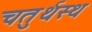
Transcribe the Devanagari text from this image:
चतुर्थस्थ